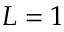
L = 1